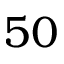
5 0